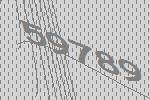
59789